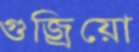
গুজ্‌রিয়ো